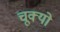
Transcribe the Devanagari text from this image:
चूक्यो